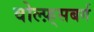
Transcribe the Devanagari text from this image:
वोल्फ़्सबर्ग